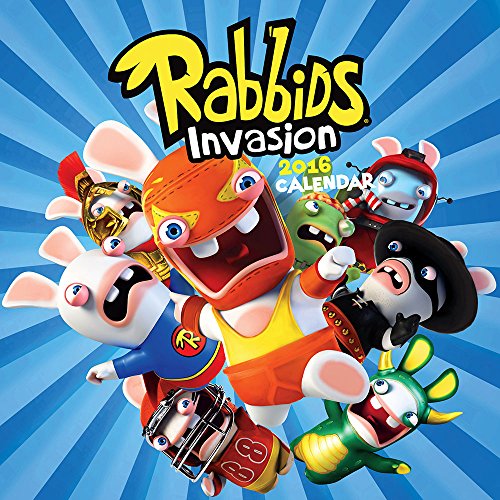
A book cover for Rabbids Invasion 2016 Wall Calendar; Ubisoft; Calendars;